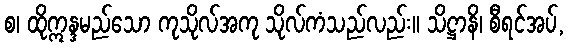
စ၊ ထိုဣန္ဒမည်သော ကုသိုလ်အကု သိုလ်ကံသည်လည်း။ သိဋ္ဌာနိ၊ စီရင်အပ်,